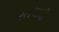
રતલામી